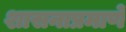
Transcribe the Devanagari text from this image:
शासनाप्रमाणे